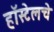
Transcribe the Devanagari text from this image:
हॉस्टेलचे